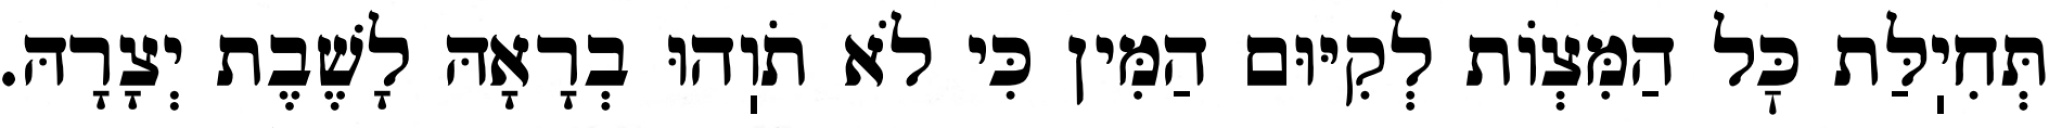
תְּחִיֽלַּת כׇּל הַמִּצְוֹת לְקִיּוּם הַמִּין כִּי לֹא תֹוֽהוּ בְרָאָהּ לָשֶׁבֶת יְצָרָהּ.